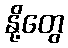
နို့တွေ